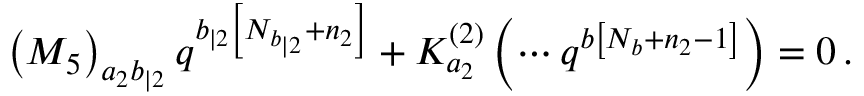
\left( M _ { 5 } \right) _ { a _ { 2 } b _ { | 2 } } q ^ { b _ { | 2 } \left[ N _ { b _ { | 2 } } + n _ { 2 } \right] } + K _ { a _ { 2 } } ^ { \left( 2 \right) } \left( \cdots q ^ { b \left[ N _ { b } + n _ { 2 } - 1 \right] } \right) = 0 \, .